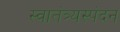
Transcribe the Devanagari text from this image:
स्वातंत्र्यस्पंदन